Annual report on the working of the lock hospitals in the Central Provinces
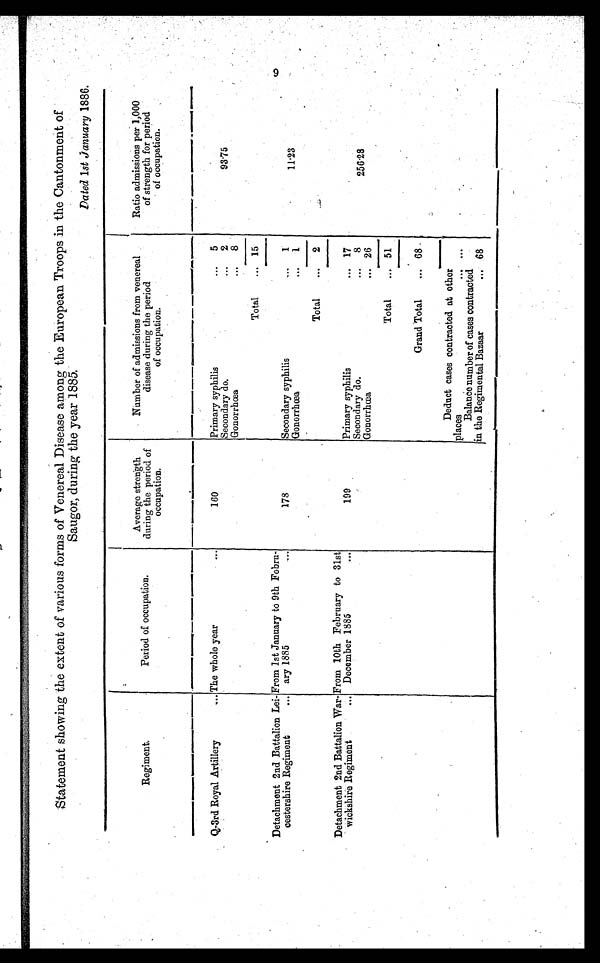
Statement showing the extent of various forms of Venereal Disease among the European Troops in the Cantonment of
Saugor, during the year 1885.
Dated 1st January 1886.
Regiment.
Period of occupation.
Average strength
during the period of
occupation.
Number of admissions from venereal
disease during the period
of occupation.
Ratio admissions per 1,000
of strength for period
of occupation.
Q-3rd Royal Artillery
... The whole year
...
160
Primary syphilis
5
Secondary do.
...
2
93.75
Gonorrhœa
...
8
Total
... 15
Detachment 2nd Battalion Lei
-cestershire Regiment
...
From 1st January to 9th Febru-
ary 1885
. .
178
Secondary syphilis
...
1
11.23
Gonorrhœa
...
1
Total
... 2
Detachment 2nd Battalion War-
wickshire Regiment
...
From 10th February to 31st
December 1885
199
Primary syphilis
... 17
Secondary do.
...
8
256.28
Gonorrhœa
... 26
Total
... 51
Grand Total
... 68
Deduct cases contracted at other
places
Balance number of cases contracted
in the Regimental Bazaar ... 68
9